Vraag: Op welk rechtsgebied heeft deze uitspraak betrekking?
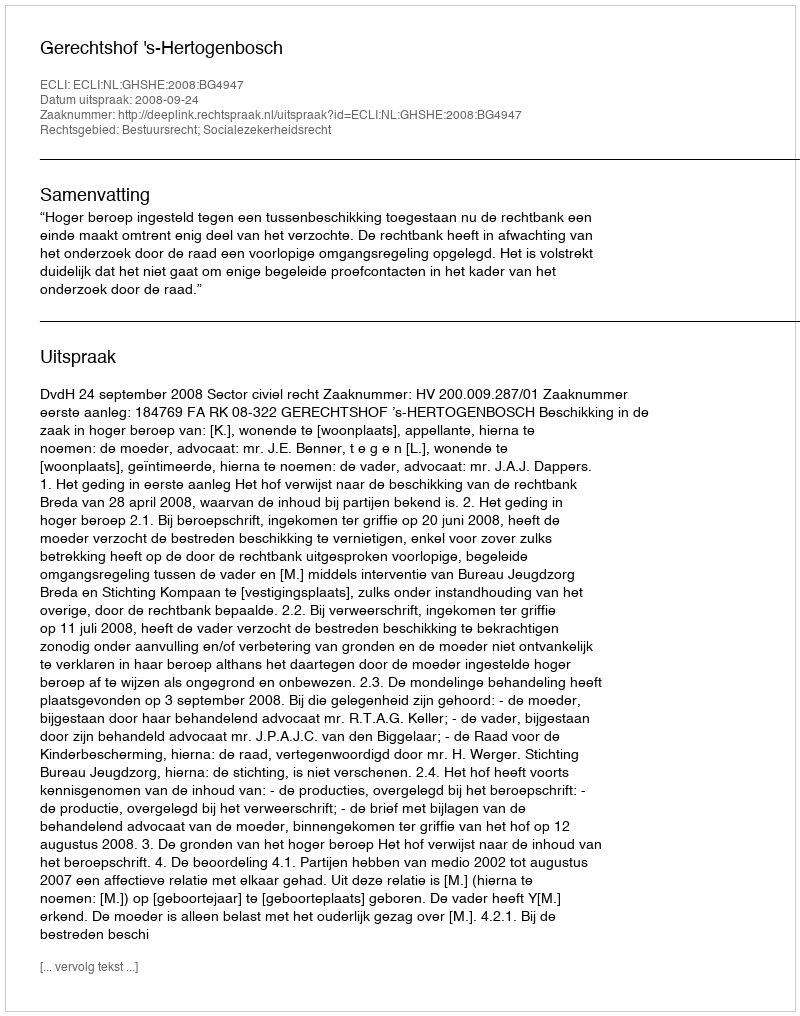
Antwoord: Bestuursrecht; Socialezekerheidsrecht